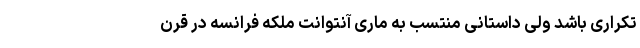
تکراری باشد ولی داستانی منتسب به ماری آنتوانت ملکه فرانسه در قرن